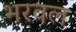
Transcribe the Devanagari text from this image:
भरवल